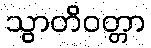
သွာတိဝတ္တာ